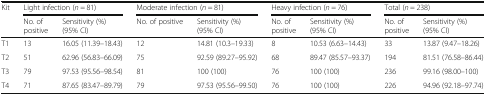
| <ROWSPAN=2> Kit | <COLSPAN=2> Light infection (n = 81) | <COLSPAN=2> Moderate infection (n = 81) | <COLSPAN=2> Heavy infection (n = 76) | <COLSPAN=2> Total (n = 238) |
 | No. of positive | Sensitivity (%) (95% CI) | No. of positive | Sensitivity (%) (95% CI) | No. of positive | Sensitivity (%) (95% CI) | No. of positive | Sensitivity (%) (95% CI) |
 | --- | --- | --- | --- | --- | --- | --- | --- | --- |
 | T1 | 13 | 16.05 (11.39–18.43) | 12 | 14.81 (10.3–19.33) | 8 | 10.53 (6.63–14.43) | 33 | 13.87 (9.47–18.26) |
 | T2 | 51 | 62.96 (56.83–66.09) | 75 | 92.59 (89.27–95.92) | 68 | 89.47 (85.57–93.37) | 194 | 81.51 (76.58–86.44) |
 | T3 | 79 | 97.53 (95.56–98.54) | 81 | 100 (100) | 76 | 100 (100) | 236 | 99.16 (98.00–100) |
 | T4 | 71 | 87.65 (83.47–89.79) | 79 | 97.53 (95.56–99.50) | 76 | 100 (100) | 226 | 94.96 (92.18–97.74) |